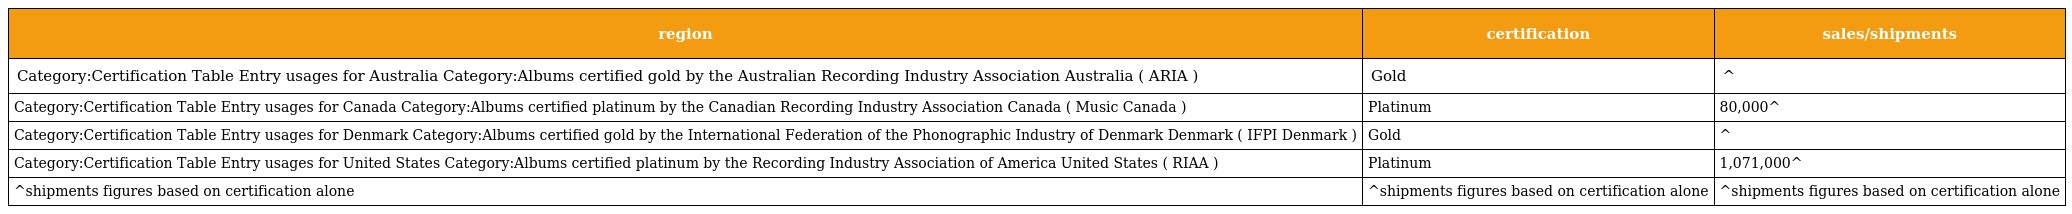
| region | certification | sales/shipments |
 | --- | --- | --- |
 | Category:Certification Table Entry usages for Australia Category:Albums certified gold by the Australian Recording Industry Association Australia ( ARIA ) | Gold | ^ |
 | Category:Certification Table Entry usages for Canada Category:Albums certified platinum by the Canadian Recording Industry Association Canada ( Music Canada ) | Platinum | 80,000^ |
 | Category:Certification Table Entry usages for Denmark Category:Albums certified gold by the International Federation of the Phonographic Industry of Denmark Denmark ( IFPI Denmark ) | Gold | ^ |
 | Category:Certification Table Entry usages for United States Category:Albums certified platinum by the Recording Industry Association of America United States ( RIAA ) | Platinum | 1,071,000^ |
 | ^shipments figures based on certification alone | ^shipments figures based on certification alone | ^shipments figures based on certification alone |